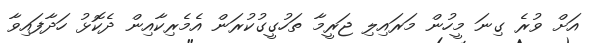
އަށް ވުރެ ގިނަ މީހުން މަރައިލި ޖަރީމާ ތަހުގީގުކުރަން އެމެރިކާއިން ދެކޮޅު ހަދާފައިވާ